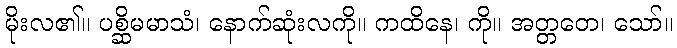
မိုးလ၏။ ပစ္ဆိမမာသံ၊ နောက်ဆုံးလကို။ ကထိနေ၊ ကို။ အတ္တတေ၊ သော်။